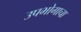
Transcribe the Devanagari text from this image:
उपभोगाचा